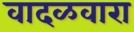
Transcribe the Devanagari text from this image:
वादळवारा